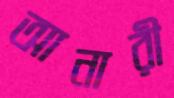
আনারী